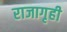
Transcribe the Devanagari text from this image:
राजागृही